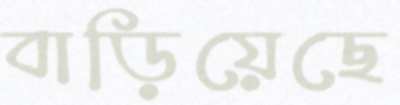
বাড়িয়েছে